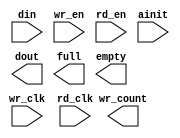
module datafifo(
	din,
	wr_en,
	wr_clk,
	rd_en,
	rd_clk,
	ainit,
	dout,
	full,
	empty,
	wr_count);


input [47 : 0] din;
input wr_en;
input wr_clk;
input rd_en;
input rd_clk;
input ainit;
output [47 : 0] dout;
output full;
output empty;
output [0 : 0] wr_count;

// synopsys translate_off

      ASYNC_FIFO_V6_1 #(
		48,	// c_data_width
		0,	// c_enable_rlocs
		1023,	// c_fifo_depth
		0,	// c_has_almost_empty
		0,	// c_has_almost_full
		0,	// c_has_rd_ack
		0,	// c_has_rd_count
		0,	// c_has_rd_err
		0,	// c_has_wr_ack
		1,	// c_has_wr_count
		0,	// c_has_wr_err
		0,	// c_rd_ack_low
		2,	// c_rd_count_width
		0,	// c_rd_err_low
		1,	// c_use_blockmem
		0,	// c_wr_ack_low
		1,	// c_wr_count_width
		0)	// c_wr_err_low
	inst (
		.DIN(din),
		.WR_EN(wr_en),
		.WR_CLK(wr_clk),
		.RD_EN(rd_en),
		.RD_CLK(rd_clk),
		.AINIT(ainit),
		.DOUT(dout),
		.FULL(full),
		.EMPTY(empty),
		.WR_COUNT(wr_count),
		.ALMOST_FULL(),
		.ALMOST_EMPTY(),
		.RD_COUNT(),
		.RD_ACK(),
		.RD_ERR(),
		.WR_ACK(),
		.WR_ERR());


// synopsys translate_on

// FPGA Express black box declaration
// synopsys attribute fpga_dont_touch "true"
// synthesis attribute fpga_dont_touch of datafifo is "true"

// XST black box declaration
// box_type "black_box"
// synthesis attribute box_type of datafifo is "black_box"

endmodule